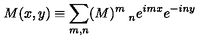
M ( x , y ) \equiv \sum _ { m , n } ( M ) _ { \quad n } ^ { m } e ^ { i m x } e ^ { - i n y }